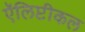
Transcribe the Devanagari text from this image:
ऍलिप्टीकल